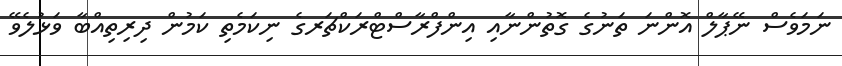
ނަމަވެސް ނޭޕާލް އޮންނަ ތަނުގެ ގޮތުންނާއި އިންފްރާސްޓްރަކްޗަރގެ ނިކަމެތި ކަމުން ދިރިތިއްބާ ވަޅުލެވޭ